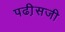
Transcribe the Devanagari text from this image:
पढी़सजी